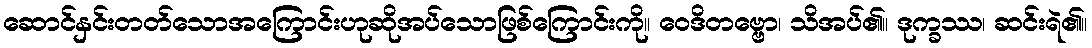
ဆောင်နှင်းတတ်သောအကြောင်းဟုဆိုအပ်သောဖြစ်ကြောင်းကို။ ဝေဒိတဗ္ဗော၊ သိအပ်၏။ ဒုက္ခဿ၊ ဆင်းရဲ၏။